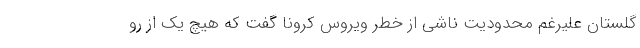
گلستان علیرغم محدودیت ناشی از خطر ویروس کرونا گفت که هیچ یک از رو